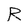
Character: R